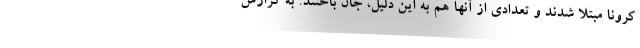
کرونا مبتلا شدند و تعدادی از آنها هم به این دلیل، جان باختند. به گزارش